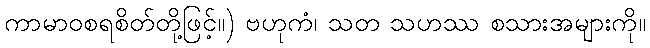
ကာမာဝစရစိတ်တို့ဖြင့်။) ဗဟုကံ၊ သတ သဟဿ စသားအများကို။